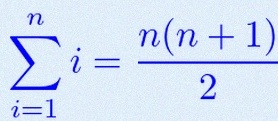
\sum_{i=1}^{n}i=\frac{n(n+1)}2